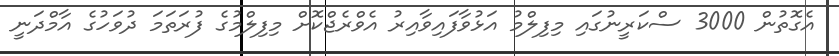
އެގޮތުން 3000 ސްކަރީނުގައި މިފިލްމު އަޅުވާފައިވާއިރު އެވްރެޖްކޮށް މިިފިލްމުގެ ފުރަތަމަ ދުވަހުގެ އާމްދަނީ